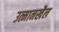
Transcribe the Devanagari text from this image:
उत्मानखैल